Indian journal of veterinary science and animal husbandry - Volume 1,
Year: 1931
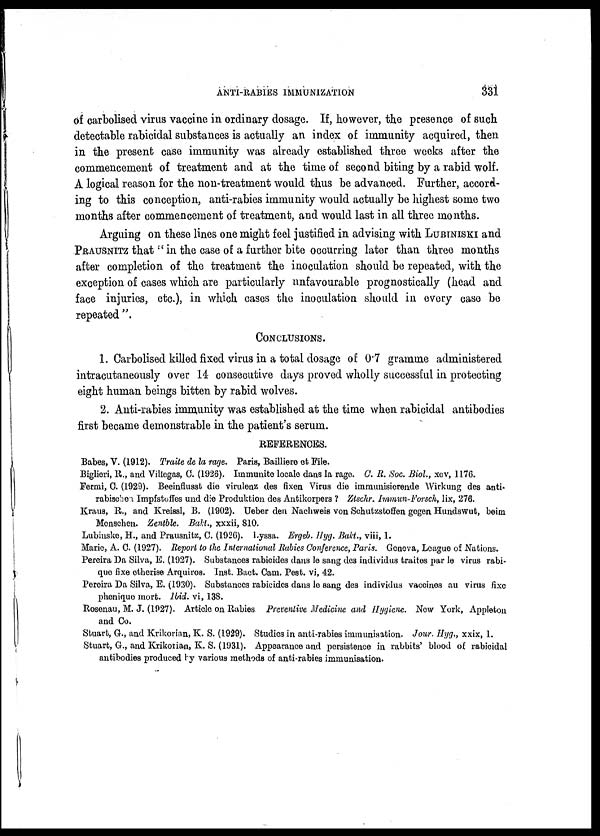
ANTI-RABIES IMMUNIZATION
331
of carbolised virus vaccine in ordinary dosage. If, however, the presence of such
detectable rabicidal substances is actually an index of immunity acquired, then
in the present case immunity was already established three weeks after the
commencement of treatment and at the time of second biting by a rabid wolf.
A logical reason for the non-treatment would thus be advanced. Further, accord-
ing to this conception, anti-rabies immunity would actually be highest some two
months after commencement of treatment, and would last in all three months.
Arguing on these lines one might feel justified in advising with LUBINISKI and
PRAUSNITZ that" in the case of a further bite occurring later than three months
after completion of the treatment the inoculation should be repeated, with the
exception of cases which are particularly unfavourable prognostically (head and
face injuries, etc.), in which cases the inoculation should in every case be
repeated ".
CONCLUSIONS.
1. Carbolised killed fixed virus in a total dosage of 0.7 gramme administered
intracutaneously over 14 consecutive days proved wholly successful in protecting
eight human beings bitten by rabid wolves.
2. Anti-rabies immunity was established at the time when rabicidal antibodies
first became demonstrable in the patient's serum.
REFERENCES.
Babes, V. (1912). Traite de la rage. Paris, Bailliere of File.
Biglieri, R., and Villegas, C. (1926). Immunite locale dans la rage. C. R. Soc. Biol., xcv, 1176.
Fermi, C. (1929). Beeinflusst die virulenz des fixen Virus die immunisierende Wirkung des anti-
rabischen Impfstoffes und die Produktion des Antikorpers ? Ztschr. Immun-Forsch, lix, 276.
Kraus, R., and Kreissl, B. (1902). Ueber den Nachweis von Schutzstoffen gegen Hundswut, beim
Monschen. Zentble. Bakt., xxxii, 810.
Lubinske, H., and Prausnitz, C. (1926). Lyssa. Ergeb. Hyg. Bakd., viii, 1.
Maric, A. C. (1927). Report to the International Rubies Conference, Paris. Geneva, League of Nations.
Pereira Da Silva, E. (1927). Substances rabicides dans le sang des individus traites par le virus rabi-
quo fixe etherise Arquiros. Inst. Bact. Cam. Pest, vi, 42.
Pereira Da Silva, E. (1930). Substances rabicides dans le sang des individus vaccines au virus fixe
pheniquo mort. Ibid, vi, 138.
Rosenau, M. J. (1927). Article on Rabies Preventive Medicine and Hygiene. Now York, Appleton
and Co.
Stuart, G., and Krikorian, K. S. (1929). Studies in anti-rabies immunisation. Jour. Hyg., xxix, 1.
Stuart, G., and Krikorian, K. S. (1931). Appearance and persistence in rabbits' blood of rabicidal
antibodies produced by various methods of anti-rabies immunisation.